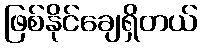
ဖြစ်နိုင်ချေရှိတယ်